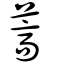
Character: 蒿